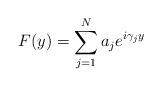
LaTeX: \begin{align*} F(y) = \sum_{j=1}^N a_j e^{i\gamma_j y}\end{align*}